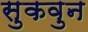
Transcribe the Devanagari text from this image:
सुकवुन